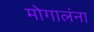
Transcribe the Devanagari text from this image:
मोगालंना